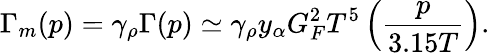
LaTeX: \Gamma_{m}(p)=\gamma_{\rho}\Gamma(p)\simeq\gamma_{\rho}y_{\alpha}G_{F}^{2}T^{5}\left({\frac{p}{3.15T}}\right).